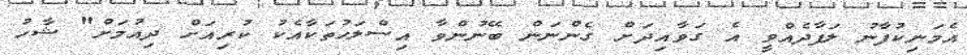
އެމަނިކުފާނު ލަފާދެއްވީ އެ ގަވާއިދަށް ގެންނަން ބޭނުންވާ އިސްލަހުތަކާއެކު ކުރިއަށް ދިއުމަށް" ޝާހު